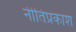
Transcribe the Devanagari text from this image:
नीतिप्रकाश